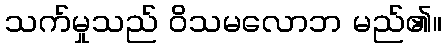
သက်မှုသည် ဝိသမလောဘ မည်၏။